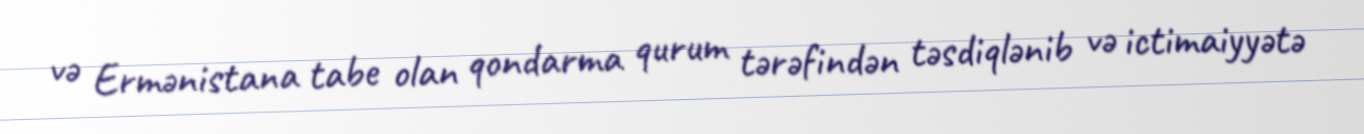
və Ermənistana tabe olan qondarma qurum tərəfindən təsdiqlənib və ictimaiyyətə